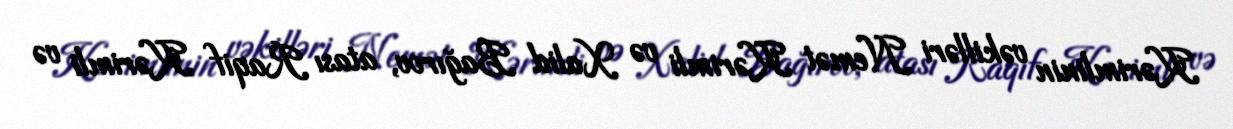
Kərimlinin vəkilləri Nemət Kərimli və Xalid Bağırov, atası Raqif Kərimli və